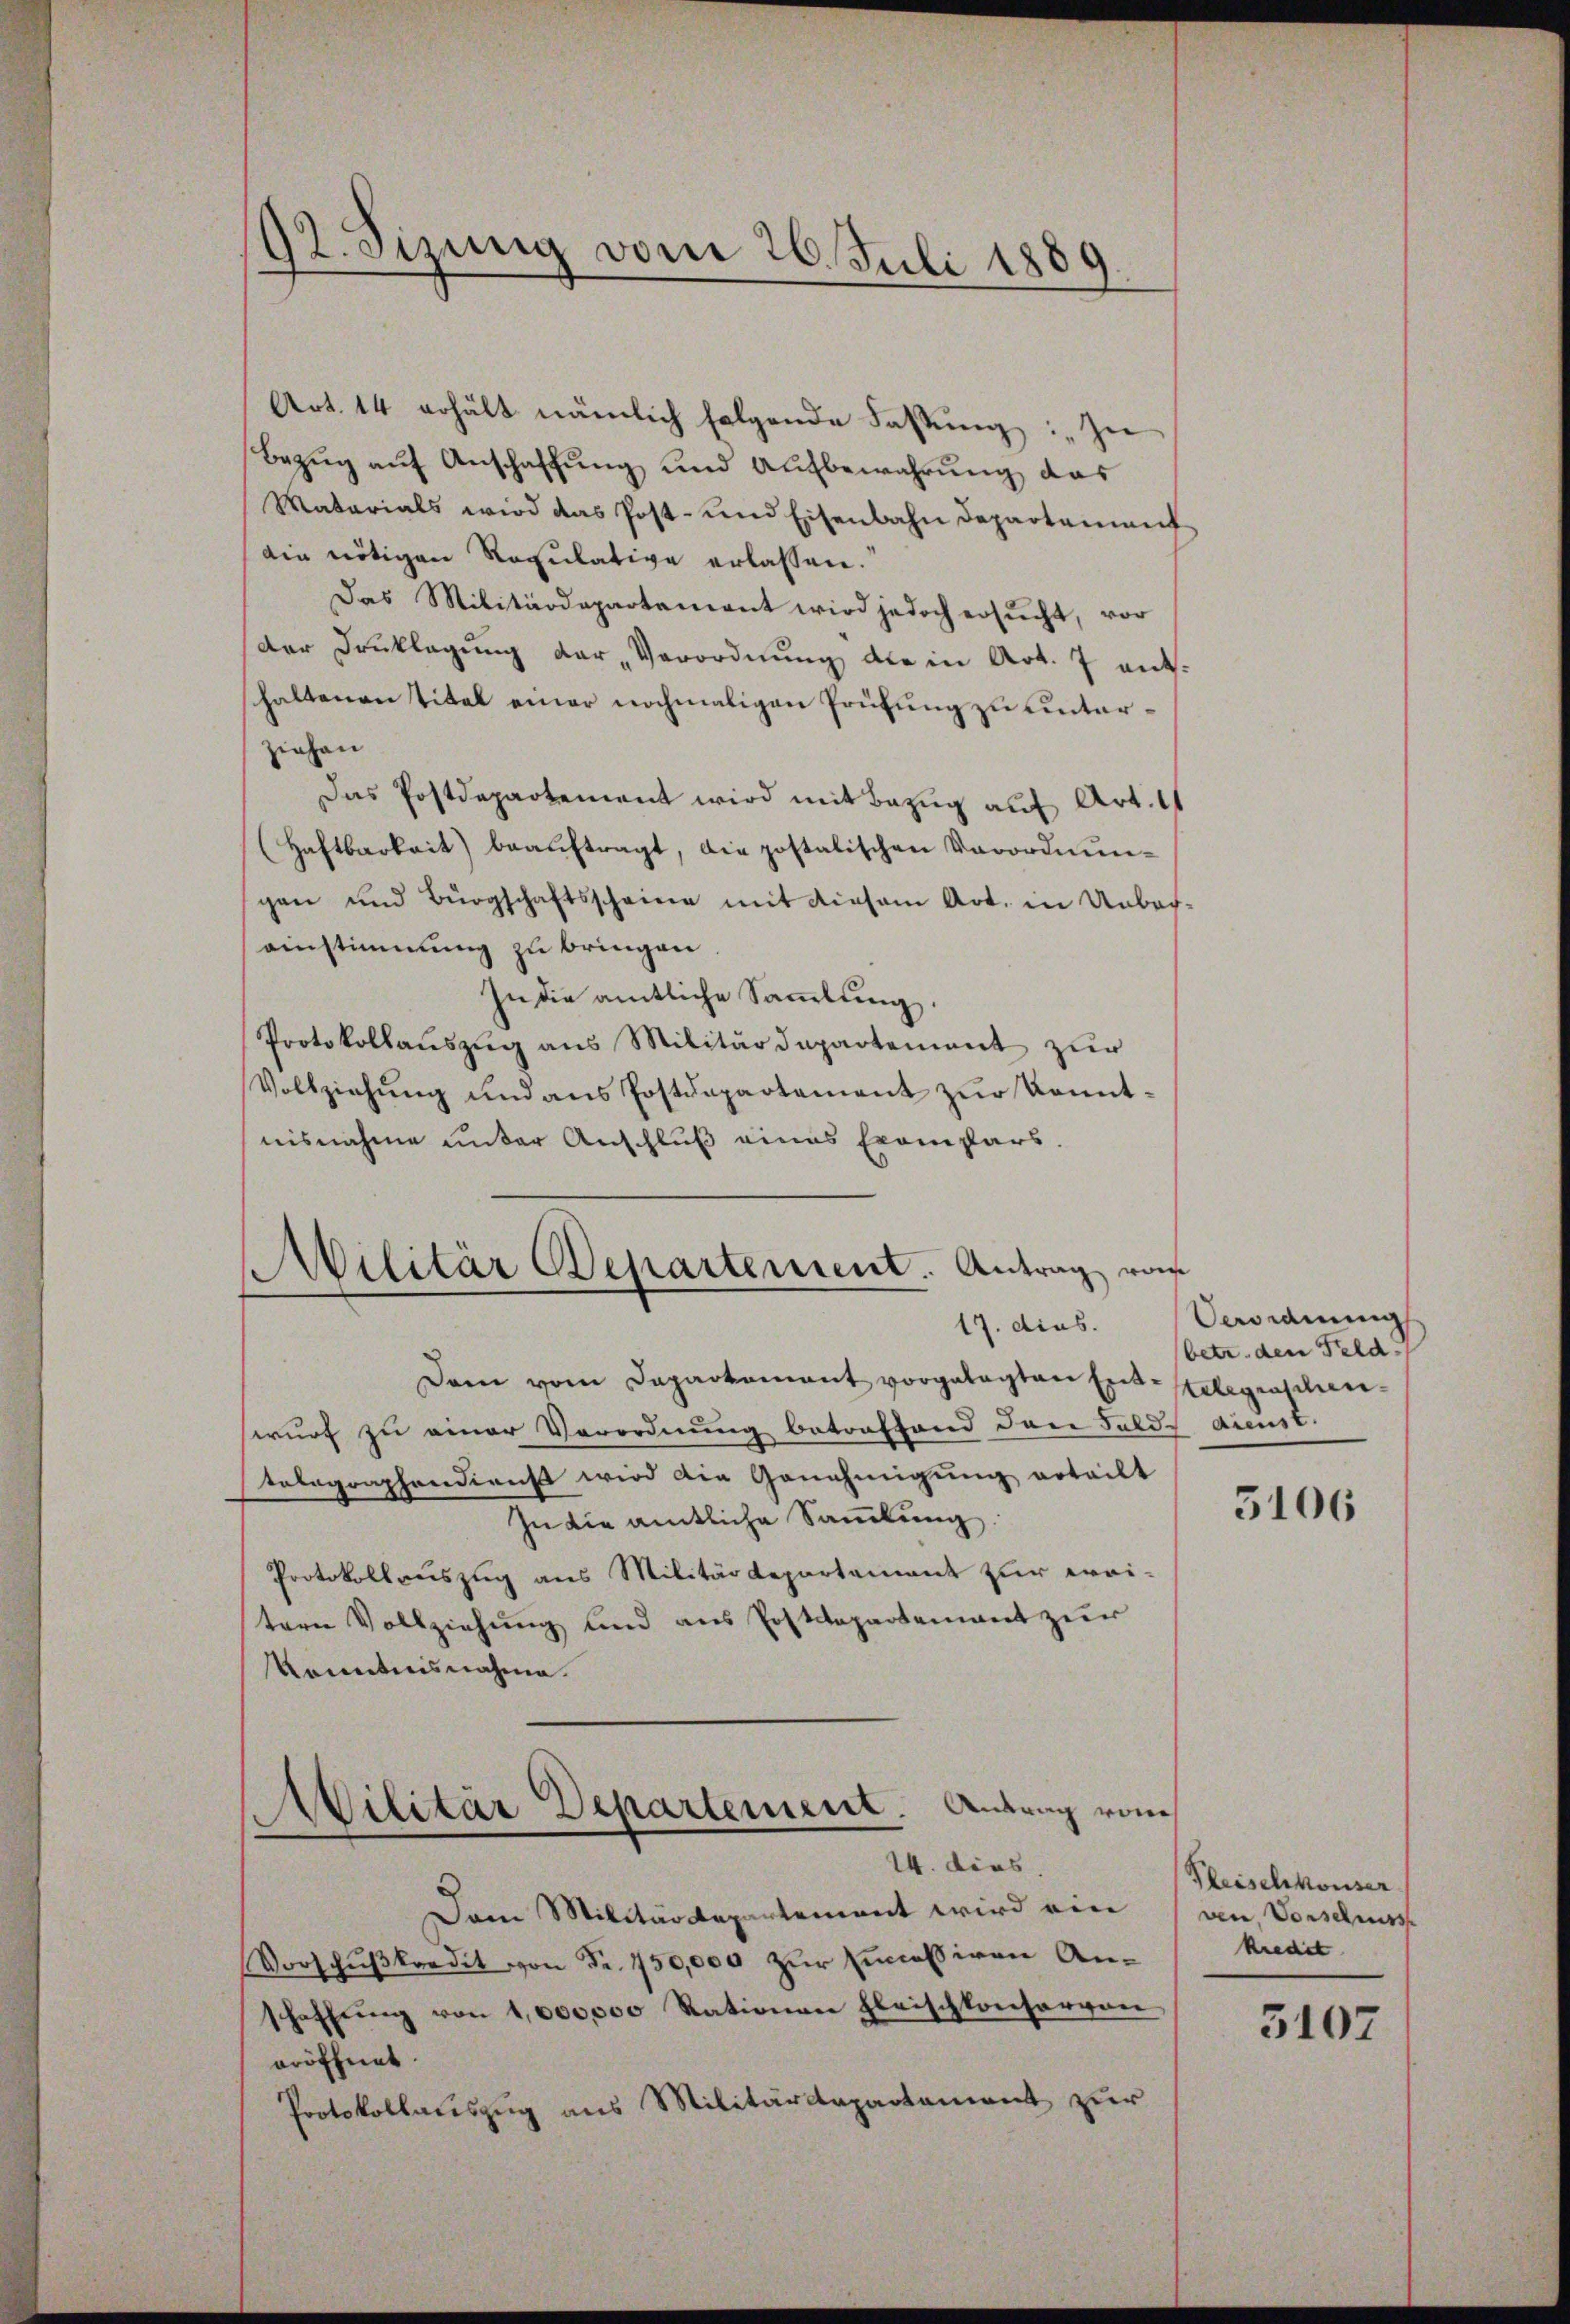
92. Sizung vom 26. Juli 1889

Art. 14 erhält nämlich folgende Fassung: „Zu
Bezug auf Anschaffung und Aufbewahrung das
Matarials wird das Post- und Eisenbahn Departement
Ain nötigen Regulative erlassen.
Das Militärdepartement wird jedoch ersŭcht, vor
der Druklagŭng der „Verordnŭng die in Art. 7 ent-
shaltenen Titel einer nochmaligen Prüfung zu unterziehen
Das Postdepartement wird mit Bezug auf Art. 11
(Haftbarkeit) beaŭftragt, die postatischen Verordnŭn-
gen und Bürgschaftsscheine mit diesem Art. in Ueber-
ainstimmung zu bringen
In die amtliche Sammlung.
Protokollauszug aus Militärdepartement zur
Vollziehŭng und ans Postdepartement zŭr konntnisnahme unter Anschluß eines Exampars.
Dann vom Departamant vorgelagten Entstelegraschunwurf zu einer Verordnung betreffend dann Felds dienst.
tolographendienst wird die Genehmigung erteilt
In die amtliche Sammlung
Protokollauszug aus Militärdepartament zur weitern Vollziehung und aus Postdepartement zur
Kenntnisnahme.
Militär Departement. Antrag vom
14. dies
Dem Militärdepartement wird ein (an Vorschnisse
Vorschußkredit von Fr. 1750,000 zur Eincassiven Anschaffŭng von 1,000,000 Rationen fleischkonsorvon
eröffnet.
Protokollauszug aus Militärdepartement zur

Militär Departement. Antrag vom
17. dies.

Verordnung
(betr. den Feld-

3106

Fleischkonser
kredit

3107